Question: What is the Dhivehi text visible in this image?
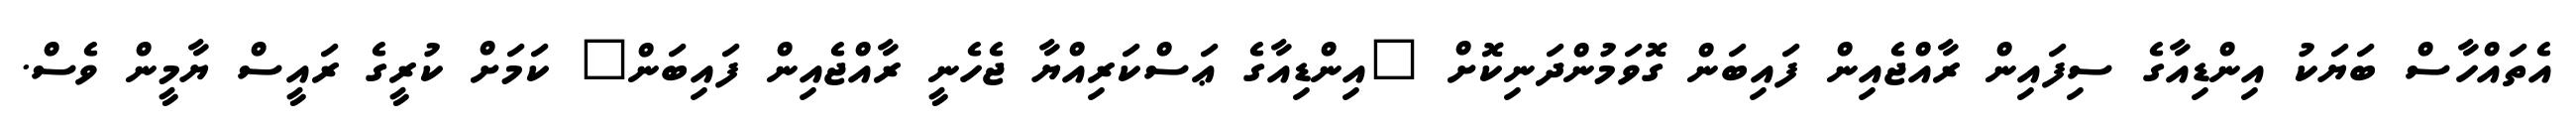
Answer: އެތައްހާސް ބަޔަކު އިންޑިއާގެ ސިފައިން ރާއްޖެއިން ފައިބަން ގޮވަމުންދަނިކޮށް "އިންޑިއާގެ ޢަސްކަރިއްޔާ ޖެހެނީ ރާއްޖެއިން ފައިބަން" ކަމަށް ކުރީގެ ރައީސް ޔާމީން ވެސް.